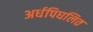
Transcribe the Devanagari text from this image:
अर्धपिघलित